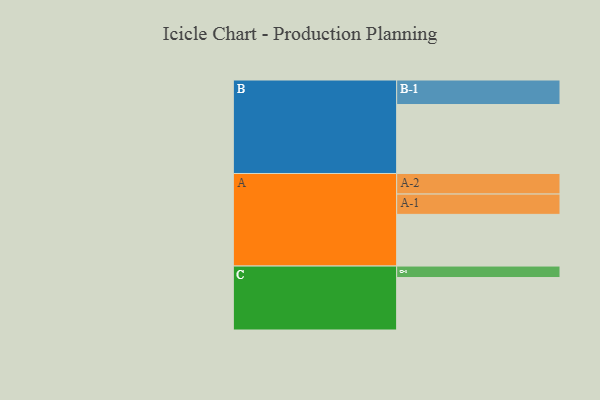
{"axis": {"x": "Segment", "y": "Value"}, "legend": ["", "A", "B", "C"], "data": [{"x": "A", "y": 392, "type": ""}, {"x": "B", "y": 523, "type": ""}, {"x": "C", "y": 398, "type": ""}, {"x": "A-1", "y": 154, "type": "A"}, {"x": "A-2", "y": 156, "type": "A"}, {"x": "B-1", "y": 186, "type": "B"}, {"x": "C-1", "y": 87, "type": "C"}]}